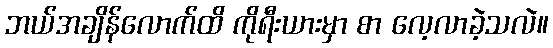
ဘယ်အချိန်လောက်ထိ ကိုရီးယားမှာ စာ လေ့လာခဲ့သလဲ။